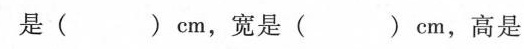
是( )cm，宽是( )cm，高是